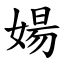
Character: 婸